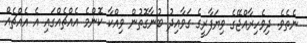
ނެތެވެ. ދިވެހިރާއްޖޭގެ ވިޔަފާރީގެ ގަވާއިދު ބުނާގޮތުން ވިއްކާ ކޮންމެ އެއްޗެއްގައި އެ އެއްޗެއް